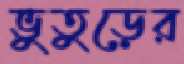
ভুতুড়ের